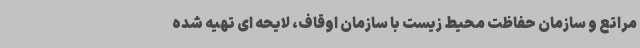
مراتع و سازمان حفاظت محیط زیست با سازمان اوقاف، لایحه ای تهیه شده